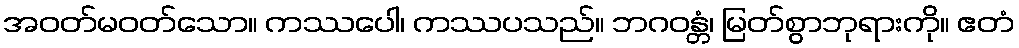
အဝတ်မဝတ်သော။ ကဿပေါ၊ ကဿပသည်။ ဘဂဝန္တံ၊ မြတ်စွာဘုရားကို။ ဧတံ